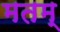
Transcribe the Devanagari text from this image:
मतम्